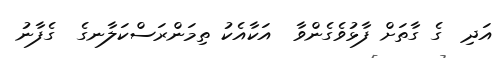
އަދި  ގެ ގާތަށް ފާޅުވެގެންވާ  އަކާއެކު ތިމަންރަސްކަލާނގެ  ގެފާނު